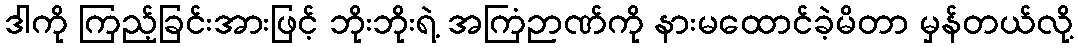
ဒါကို ကြည့်ခြင်းအားဖြင့် ဘိုးဘိုးရဲ့ အကြံဉာဏ်ကို နားမထောင်ခဲ့မိတာ မှန်တယ်လို့